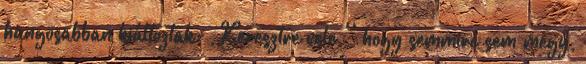
hangosabban kiáltoztak: ,,Keresztre vele '' hogy semmire sem megy,